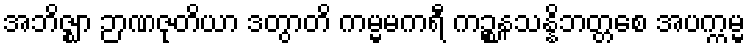
အဘိဇ္ဈာ ဉာဏဇုတိယာ ဒတွာတိ ကမ္မမကရီ ကဉ္စနသန္နိဘတ္တစေ အပက္ကမ္မ